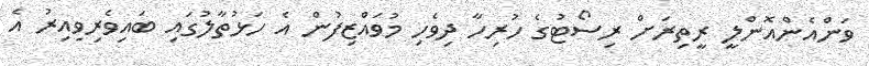
ވަންއެންއޮންލީ ރީތިރަށް ރިސޯޓުގެ ހުރިހާ ދިވެހި މުވައްޒިފުން އެ ހަޅުތާލުގައި ބައިވެރިވިއިރު އެ